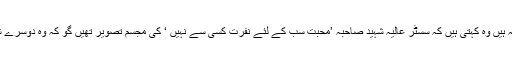
پھر اسی طرح ایک مقامی امریکن احمدی ہیں سسٹر عزیزہ، الحاج رشید کی اہلیہ ہیں وہ کہتی ہیں کہ سسٹر عالیہ شہید صاحبہ ’محبت سب کے لئے نفرت کسی سے نہیں ‘ کی مجسم تصویر تھیں گو کہ وہ دوسرے شہر میں رہتی تھیں لیکن پھر بھی میری والدہ کے ساتھ ان کی بہت دوستی تھی۔